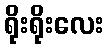
ရိုးရိုးလေး